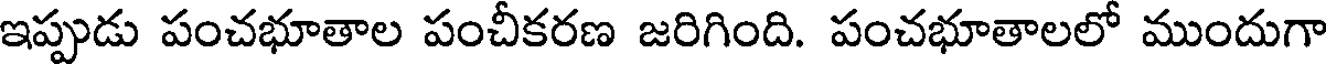
ఇప్పుడు పంచభూతాల పంచీకరణ జరిగింది. పంచభూతాలలో ముందుగా